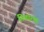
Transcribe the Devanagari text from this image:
निवारणा